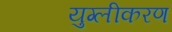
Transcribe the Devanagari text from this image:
युग्लीकरण